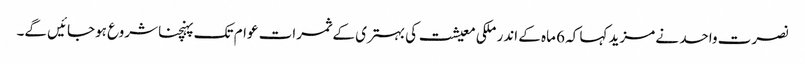
نصرت واحد نے مزید کہا کہ 6 ماہ کے اندر ملکی معیشت کی بہتری کے ثمرات عوام تک پہنچنا شروع ہوجائیں گے۔